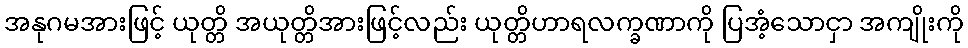
အနုဂမအားဖြင့် ယုတ္တိ အယုတ္တိအားဖြင့်လည်း ယုတ္တိဟာရလက္ခဏာကို ပြအံ့သောငှာ အကျိုးကို